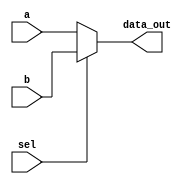
module Multiplexer
  ( 
  input a, b,
  input sel,
  output reg data_out
  );
  always @ (sel or a or b)
  if (sel)
    data_out = b;
  else
    data_out = a;
    
  endmodule